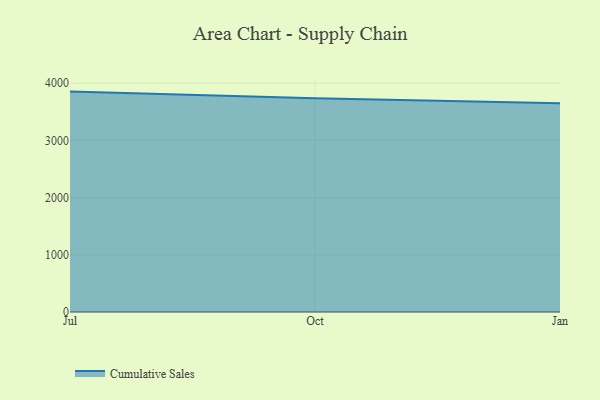
{"axis": {"x": "Month", "y": "Demand Index"}, "legend": ["Cumulative Sales"], "data": [{"x": "Jul", "y": 3853.4, "type": "Cumulative Sales"}, {"x": "Oct", "y": 3735.6, "type": "Cumulative Sales"}, {"x": "Jan", "y": 3648.0, "type": "Cumulative Sales"}]}